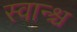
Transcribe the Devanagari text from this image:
स्वान्श्च